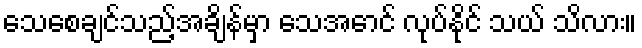
သေစေချင်သည့်အချိန်မှာ သေအောင် လုပ်နိုင် သယ် သိလား။